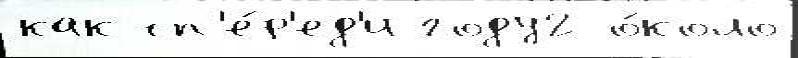
как сп'е́р'ед'и году2 о́коло